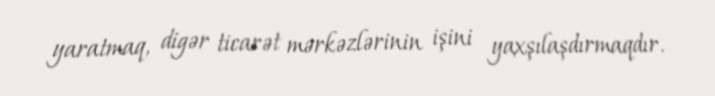
yaratmaq, digər ticarət mərkəzlərinin işini yaxşılaşdırmaqdır.